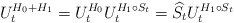
\begin{align*}U_{t}^{H_{0}+H_{1}}=U_{t}^{H_{0}}U_{t}^{H_{1}\circ S_{t}}=\widehat{S}_{t}U_{t}^{H_{1}\circ S_{t}} \end{align*}